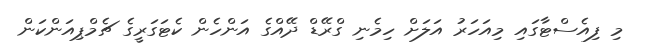
މި ފިއެސްޓާގައި މިއަހަރު އަލަށް ހިމެނި ގްރޭޑް ދޭއްގެ އަންހެން ކެޓަގަރީގެ ޗެމްޕިއަންކަން